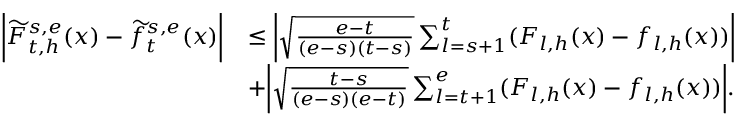
\begin{array} { r l } { \bigg | \widetilde F _ { t , h } ^ { s , e } ( x ) - \widetilde f _ { t } ^ { s , e } ( x ) \bigg | } & { \le \bigg | \sqrt { \frac { e - t } { ( e - s ) ( t - s ) } } \sum _ { l = s + 1 } ^ { t } ( F _ { l , h } ( x ) - f _ { l , h } ( x ) ) \bigg | } \\ & { + \bigg | \sqrt { \frac { t - s } { ( e - s ) ( e - t ) } } \sum _ { l = t + 1 } ^ { e } ( F _ { l , h } ( x ) - f _ { l , h } ( x ) ) \bigg | . } \end{array}